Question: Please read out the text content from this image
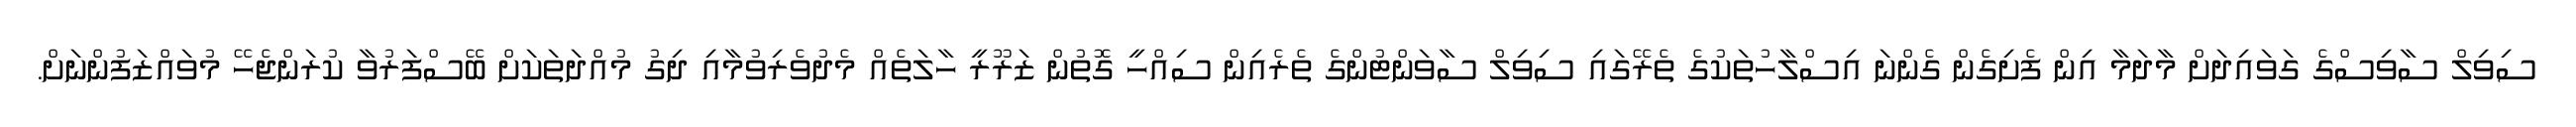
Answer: ސިވިލް ސާވިސްގެ ގަވައިދަށް މާދަމާ އިން ފެށިގެން ގެންނަ އިސްލާހުތަކުގެ ތެރޭގައި ސިވިލް ސާވަންޓުންގެ ތެރެއިން ސިއްހީ ގޮތުން ޒަރޫރީ ހާލަތެއް މެދުވެރިވުމާއި ދިގު މުއްދަތަކަށް ބޭސްފަރުވާ ކުރަންޖެހޭ މުވައްޒަފުންނަށް.